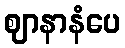
ဈာနာနံပေ